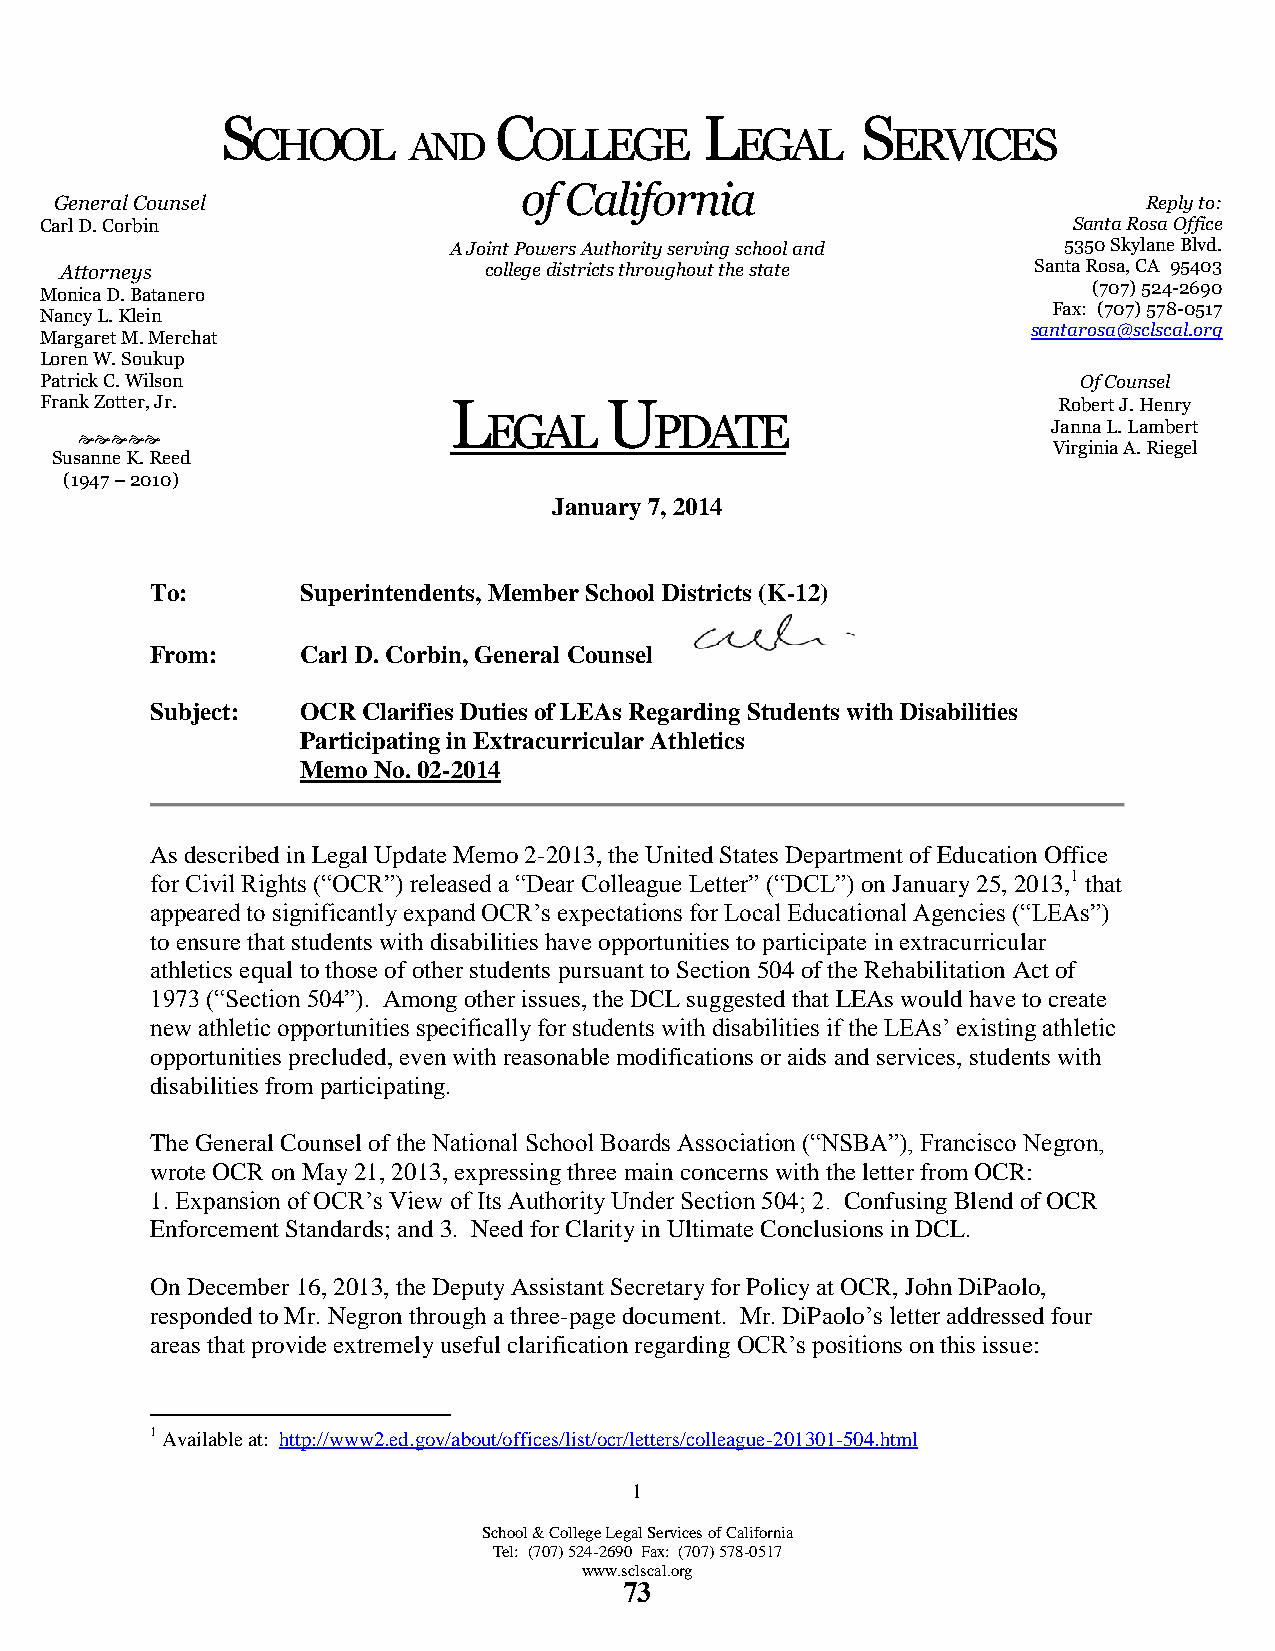
S                 C             L         S
 CHOOL     AND     OLLEGE        EGAL      ERVICES
 of California
 General Co unsel                                                        Reply to:
 Carl D. Corbin                                                      Santa Rosa Office
 A Joint Powers Authority serving school and 5350 Skylane Blvd.
 Attorneys                   college districts throughout the state Santa Rosa, CA 95403
 Monica D. Ba tanero
 (707) 524-2690
 Fax: (707) 578-0517
 Nancy L. Klein
 santarosa@sclscal.org
 Margaret M. Merchat
 Loren W. Soukup
 Patrick C. Wilson                                                    Of Counsel
 Frank Zotter, Jr.          L         U                             Robert J . Henry
                    EGAL       PDATE                      Janna L. Lambert
 
 Virginia A. Riegel
 Susanne K. Reed
 (1947 – 2010)
 January 7, 2014
 To:       Superintendents, Member School Districts (K-12)
 From:     Carl D. Corbin, General Counsel
 Subject:  OCR Clarifies Duties of LEAs Regarding Students with Disabilities
 Participating in Extracurricular Athletics
 Memo No. 02-2014
 As described in Legal Update Memo 2-2013, the United States Department of Education Office
 for Civil Rights (“OCR”) released a “Dear Colleague Letter” (“DCL”) on January 25, 2013,1 that
 appeared to significantly expand OCR’s expectations for Local Educational Agencies (“LEAs”)
 to ensure that students with disabilities have opportunities to participate in extracurricular
 athletics equal to those of other students pursuant to Section 504 of the Rehabilitation Act of
 1973 (“Section 504”). Among other issues, the DCL suggested that LEAs would have to create
 new athletic opportunities specifically for students with disabilities if the LEAs’ existing athletic
 opportunities precluded, even with reasonable modifications or aids and services, students with
 disabilities from participating.
 The General Counsel of the National School Boards Association (“NSBA”), Francisco Negron,
 wrote OCR on May 21, 2013, expressing three main concerns with the letter from OCR:
 1. Expansion of OCR’s View of Its Authority Under Section 504; 2. Confusing Blend of OCR
 Enforcement Standards; and 3. Need for Clarity in Ultimate Conclusions in DCL.
 On December 16, 2013, the Deputy Assistant Secretary for Policy at OCR, John DiPaolo,
 responded to Mr. Negron through a three-page document. Mr. DiPaolo’s letter addressed four
 areas that provide extremely useful clarification regarding OCR’s positions on this issue:
 1 Available at: http://www2.ed.gov/about/offices/list/ocr/letters/colleague-201301-504.html
 1
 School & College Legal Services of California
 Tel: (707) 524-2690 Fax: (707) 578-0517
 www.sclscal.org
 73